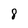
Character: 8